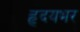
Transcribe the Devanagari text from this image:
हृदयभर